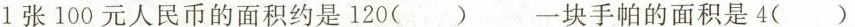
1张100元人民币的面积约是120() 一块手帕的面积是4()